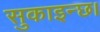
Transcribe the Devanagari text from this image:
सुकाइन्छ।